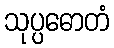
သုပ္ပဓောတံ